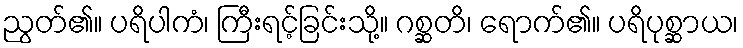
ညွတ်၏။ ပရိပါကံ၊ ကြီးရင့်ခြင်းသို့။ ဂစ္ဆတိ၊ ရောက်၏။ ပရိပုစ္ဆာယ၊